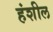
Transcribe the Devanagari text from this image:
हंशील